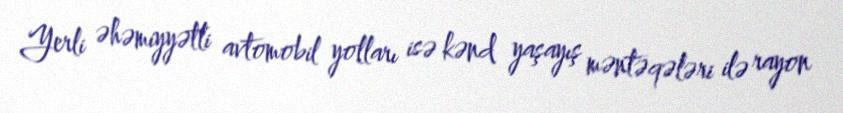
Yerli əhəmiyyətli avtomobil yolları isə kənd yaşayış məntəqələri ilə rayon